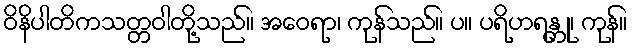
ဝိနိပါတိကသတ္တဝါတို့သည်။ အဝေရာ၊ ကုန်သည်။ ပ။ ပရိဟရန္တု၊ ကုန်။